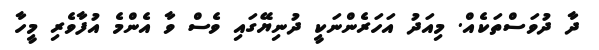
ދާ ދުވަސްތަކެއް. މިއަދު އަހަރެންނަކީ ދުނިޔޭގައި ވެސް ވާ އެންމެ އުފާވެރި މީހާ